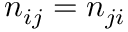
n _ { i j } = n _ { j i }